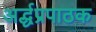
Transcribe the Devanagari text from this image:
अर्द्धप्रपाठक